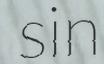
sin